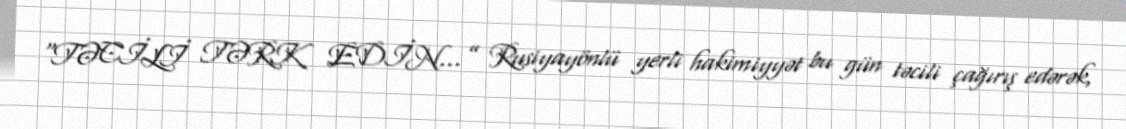
“TƏCİLİ TƏRK EDİN…” Rusiyayönlü yerli hakimiyyət bu gün təcili çağırış edərək,